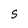
Character: S